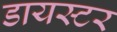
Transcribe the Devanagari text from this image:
डायस्टर